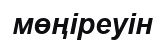
мөңіреуін